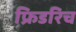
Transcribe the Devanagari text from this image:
फ्रिडरिच